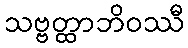
သဗ္ဗတ္ထာဘိဝဿီ